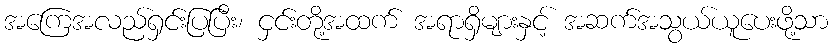
အကြေအလည်ရှင်းပြပြီး၊ ငှင်းတို့အထက် အရာရှိများနှင့် အဆက်အသွယ်ယူပေးဖို့သာ